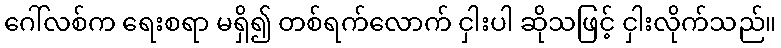
ဂေါ်လစ်က ရေးစရာ မရှိ၍ တစ်ရက်လောက် ငှါးပါ ဆိုသဖြင့် ငှါးလိုက်သည်။